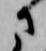
さ